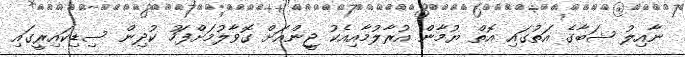
ނާއިލު ޝަބާގެ އަތުގައި އޮތް ޔުމާން އުރާލުމާއިއެކު ޖީންއަށް ގޮވާލުމަށްފަހު ކުދިން ސިޑިކައިރީގައި